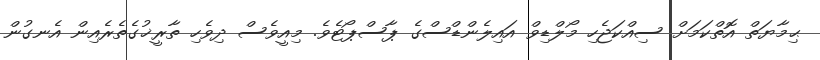
ޙިމާޔަތް އޮތްކަމަށް ސިއްކަޖެހި މޯލްޑިވް އައިލެންޑްސްގެ ޕާސްޕޯޓެވެ. މިއީވެސް ދިވެހި ތާރީޚުގެތެރެއިން އެނގުން